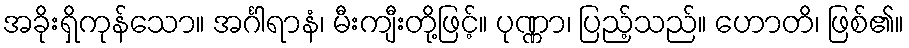
အခိုးရှိကုန်သော။ အင်္ဂါရာနံ၊ မီးကျီးတို့ဖြင့်။ ပုဏ္ဏာ၊ ပြည့်သည်။ ဟောတိ၊ ဖြစ်၏။